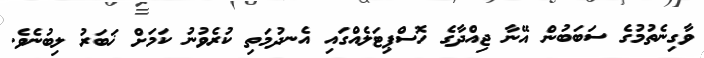
ވާގިނެތުމުގެ ސަބަބުން އޭނާ ޖިއްދާގެ ހޮސްޕިޓަލެއްގައި އެނދުމަތި ކުރެވުނު ކަމަށް ޚަބަރު ލިބުނެވެ.